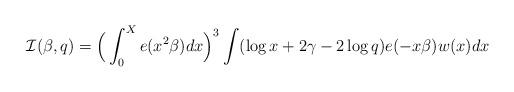
LaTeX: \begin{align*}\mathcal{I}(\beta,q)=\Big(\int_0^X e(x^2\beta)dx\Big)^3\int(\log x+2\gamma-2\log q)e(-x\beta)w(x)dx\end{align*}